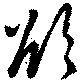
欲